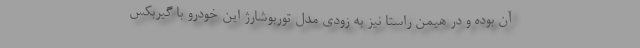
آن بوده و در هیمن راستا نیز به زودی مدل توربوشارژ این خودرو با گیربکس